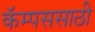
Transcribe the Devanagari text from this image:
कॅम्पससाठी